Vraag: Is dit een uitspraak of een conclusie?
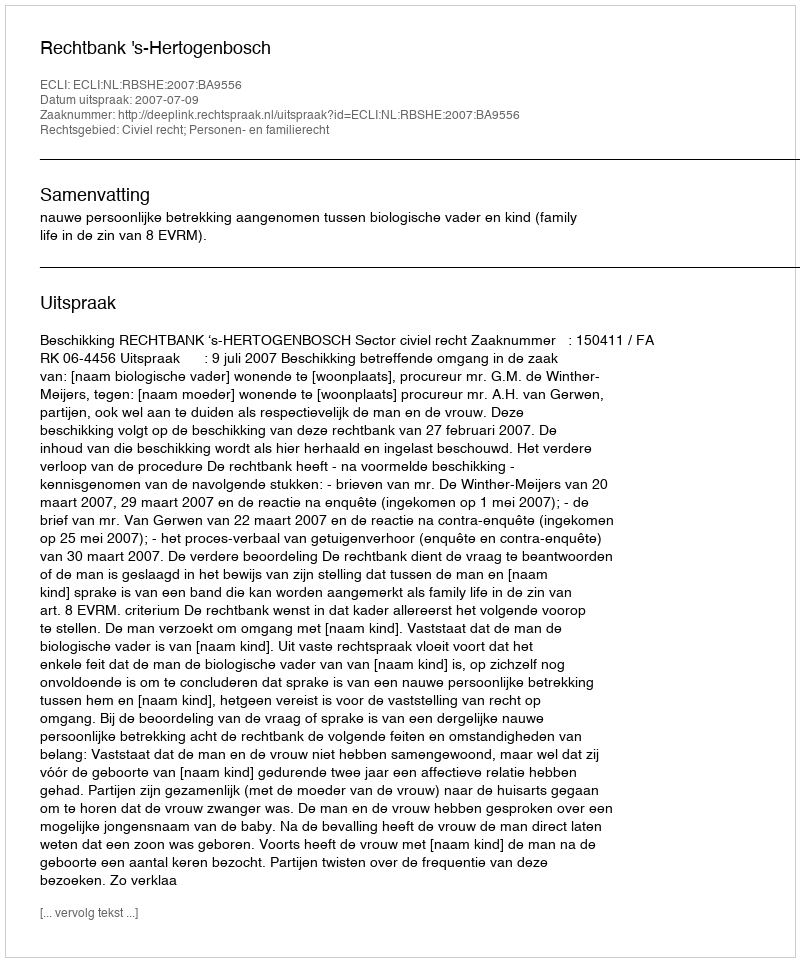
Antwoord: Uitspraak